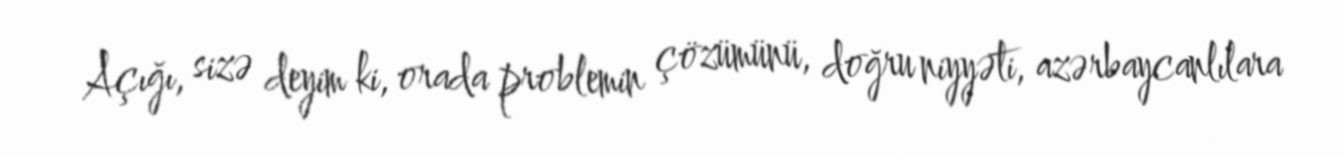
Açığı, sizə deyim ki, orada problemin çözümünü, doğru niyyəti, azərbaycanlılara